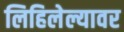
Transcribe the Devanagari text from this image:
लिहिलेल्यावर